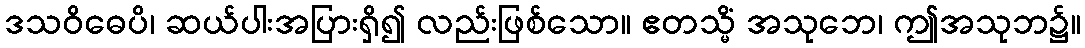
ဒသဝိဓေပိ၊ ဆယ်ပါးအပြားရှိ၍ လည်းဖြစ်သော။ ဧတသ္မိံ အသုဘေ၊ ဤအသုဘ၌။